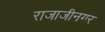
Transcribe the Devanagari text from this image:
राजाजीनगर